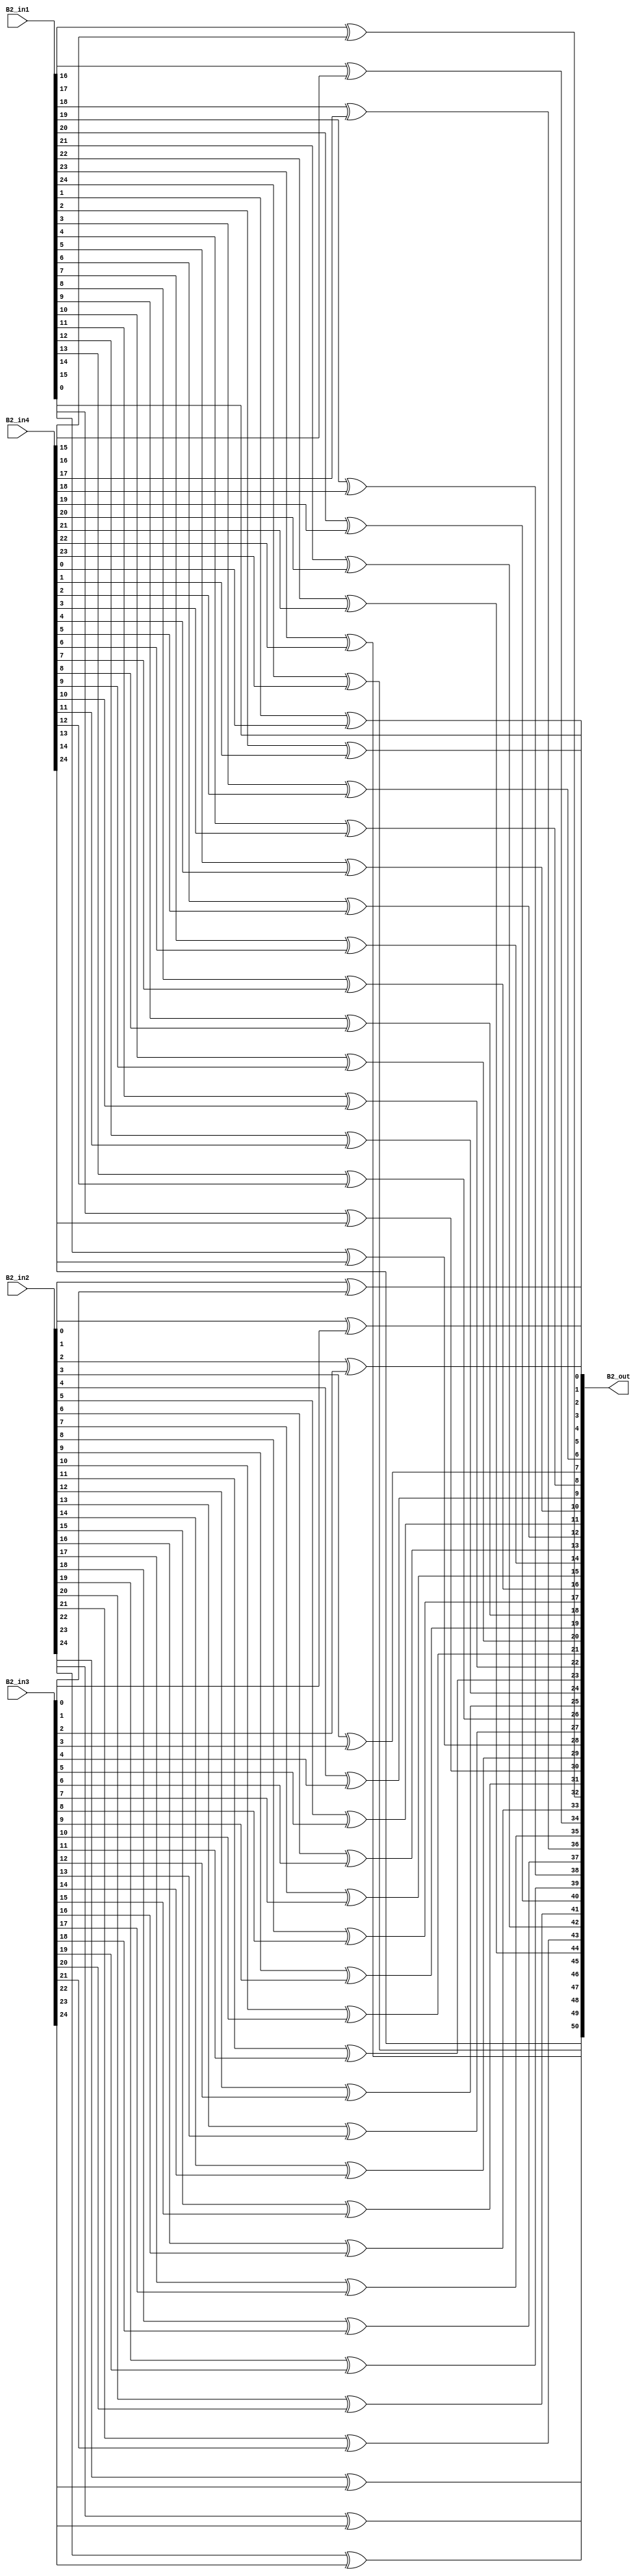
module overlap_module_25bit(
    B2_in1,
    B2_in2,
    B2_in3,
    B2_in4,
    B2_out
    );


parameter n = 26;

input [n-2:0] B2_in1;
input [n-2:0] B2_in2;
input [n-2:0] B2_in3;
input [n-2:0] B2_in4;

output [2*n-2:0] B2_out;

assign B2_out[0] = B2_in1[0];

assign B2_out[2] = B2_in1[1]^B2_in4[0];

assign B2_out[4] = B2_in1[2]^B2_in4[1];

assign B2_out[6] = B2_in1[3]^B2_in4[2];

assign B2_out[8] = B2_in1[4]^B2_in4[3];

assign B2_out[10] = B2_in1[5]^B2_in4[4];

assign B2_out[12] = B2_in1[6]^B2_in4[5];

assign B2_out[14] = B2_in1[7]^B2_in4[6];

assign B2_out[16] = B2_in1[8]^B2_in4[7];

assign B2_out[18] = B2_in1[9]^B2_in4[8];

assign B2_out[20] = B2_in1[10]^B2_in4[9];

assign B2_out[22] = B2_in1[11]^B2_in4[10];

assign B2_out[24] = B2_in1[12]^B2_in4[11];

assign B2_out[1] = B2_in2[0]^B2_in3[0];

assign B2_out[3] = B2_in2[1]^B2_in3[1];

assign B2_out[5] = B2_in2[2]^B2_in3[2];

assign B2_out[7] = B2_in2[3]^B2_in3[3];

assign B2_out[9] = B2_in2[4]^B2_in3[4];

assign B2_out[11] = B2_in2[5]^B2_in3[5];

assign B2_out[13] = B2_in2[6]^B2_in3[6];

assign B2_out[15] = B2_in2[7]^B2_in3[7];

assign B2_out[17] = B2_in2[8]^B2_in3[8];

assign B2_out[19] = B2_in2[9]^B2_in3[9];

assign B2_out[21] = B2_in2[10]^B2_in3[10];

assign B2_out[23] = B2_in2[11]^B2_in3[11];

assign B2_out[25] = B2_in2[12]^B2_in3[12];

assign B2_out[27] = B2_in2[13]^B2_in3[13];

assign B2_out[29] = B2_in2[14]^B2_in3[14];

assign B2_out[31] = B2_in2[15]^B2_in3[15];

assign B2_out[33] = B2_in2[16]^B2_in3[16];

assign B2_out[35] = B2_in2[17]^B2_in3[17];

assign B2_out[37] = B2_in2[18]^B2_in3[18];

assign B2_out[39] = B2_in2[19]^B2_in3[19];

assign B2_out[41] = B2_in2[20]^B2_in3[20];

assign B2_out[43] = B2_in2[21]^B2_in3[21];

assign B2_out[45] = B2_in2[22]^B2_in3[22];

assign B2_out[47] = B2_in2[23]^B2_in3[23];

assign B2_out[49] = B2_in2[24]^B2_in3[24];

assign B2_out[26] = B2_in1[13]^B2_in4[12];

assign B2_out[28] = B2_in1[14]^B2_in4[13];

assign B2_out[30] = B2_in1[15]^B2_in4[14];

assign B2_out[32] = B2_in1[16]^B2_in4[15];

assign B2_out[34] = B2_in1[17]^B2_in4[16];

assign B2_out[36] = B2_in1[18]^B2_in4[17];

assign B2_out[38] = B2_in1[19]^B2_in4[18];

assign B2_out[40] = B2_in1[20]^B2_in4[19];

assign B2_out[42] = B2_in1[21]^B2_in4[20];

assign B2_out[44] = B2_in1[22]^B2_in4[21];

assign B2_out[46] = B2_in1[23]^B2_in4[22];

assign B2_out[48] = B2_in1[24]^B2_in4[23];

assign B2_out[50] = B2_in4[24];

endmodule